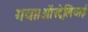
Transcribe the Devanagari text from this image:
गया।ऑस्ट्रेलियाई